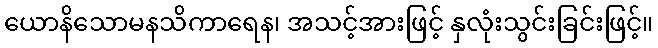
ယောနိသောမနသိကာရေန၊ အသင့်အားဖြင့် နှလုံးသွင်းခြင်းဖြင့်။